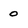
Character: 0